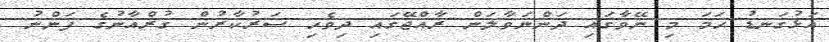
އަޅުގަނޑު ހަމަ މި ނޭވާގައި ދަންނަވާލަން ރާއްޖޭގައި ދިވެހި ސަރުކާރުން ޤުރްއާނުގެ ފަންނު